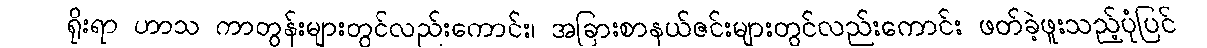
ရိုးရာ ဟာသ ကာတွန်းများတွင်လည်းကောင်း၊ အခြားစာနယ်ဇင်းများတွင်လည်းကောင်း ဖတ်ခဲ့ဖူးသည့်ပုံပြင်